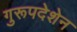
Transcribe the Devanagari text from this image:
गुरूपदेशेन